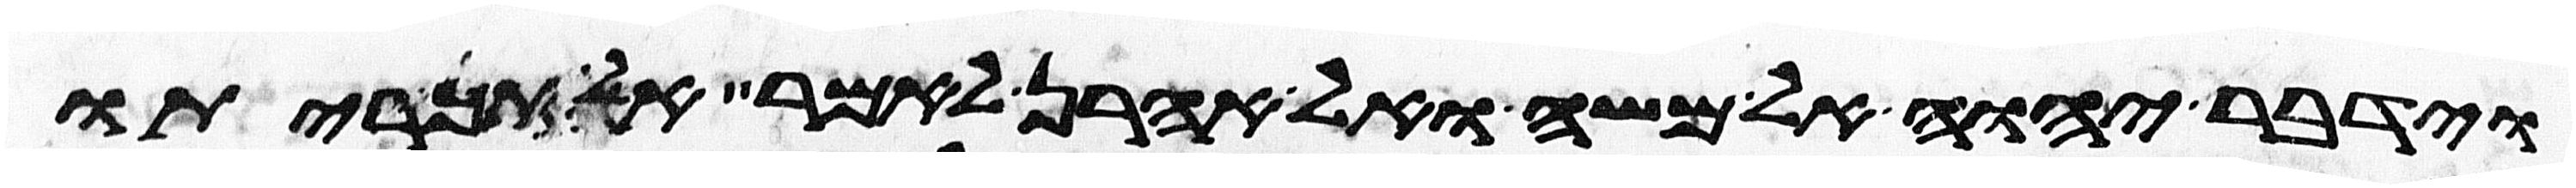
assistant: וידבר יהוה אל משה ואל אהרן לאמר אל תכריתו